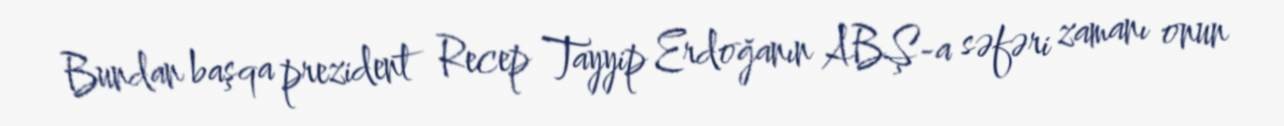
Bundan başqa prezident Recep Tayyip Erdoğanın ABŞ-a səfəri zamanı onun